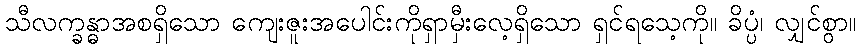
သီလက္ခန္ဓာအစရှိသော ကျေးဇူးအပေါင်းကိုရှာမှီးလေ့ရှိသော ရှင်ရသေ့ကို။ ခိပ္ပံ၊ လျှင်စွာ။